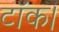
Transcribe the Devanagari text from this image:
टॉक।